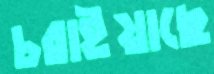
চরাইয়াছে